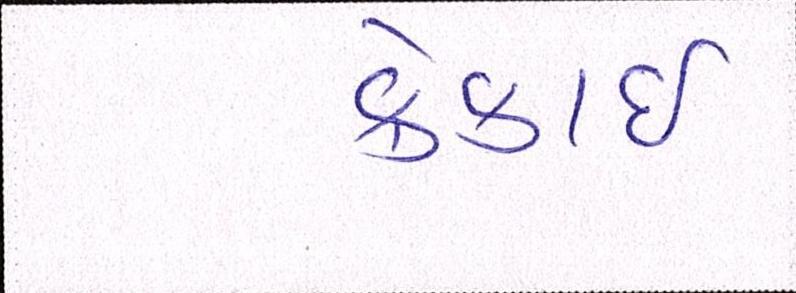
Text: ક્રેકાઇ